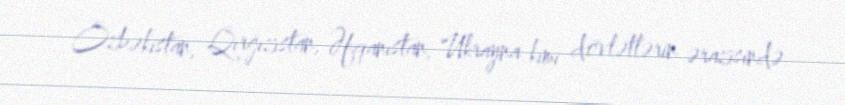
Özbəkistan, Qırğızıstan, Əfqanıstan, Ukrayna kimi dövlətlərin ərazisində